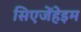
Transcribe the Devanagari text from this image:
सिएजेंहेइम